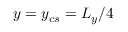
y = y _ { c s } = L _ { y } / 4